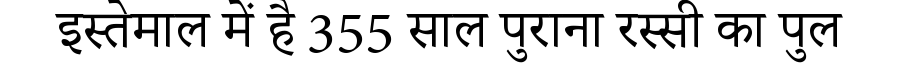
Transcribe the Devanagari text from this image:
इस्तेमाल में है 355 साल पुराना रस्सी का पुल